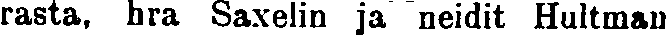
rasta, hra Saxelin ja neidit Hultman